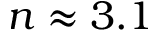
n \approx 3 . 1